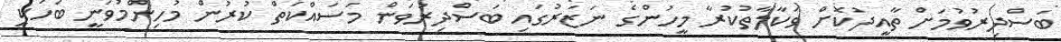
ބަސްދިރުވުމަށް ތާއީދުކޮށް ވަކާލާތުކުރާ މީހުންގެ ނަޒަރުގައި ބަސްދިރުވަން މަސައްކަތް ކުރުން މުހިންމުވަނީ ބަހަކީ